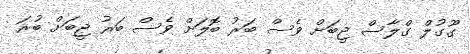
ގޫގުލް ގްލާސް ޖީބަށް ވެސް ބަރު ބޮލަށް ވެސް ބަރު ޖީބަށް ބުރަ